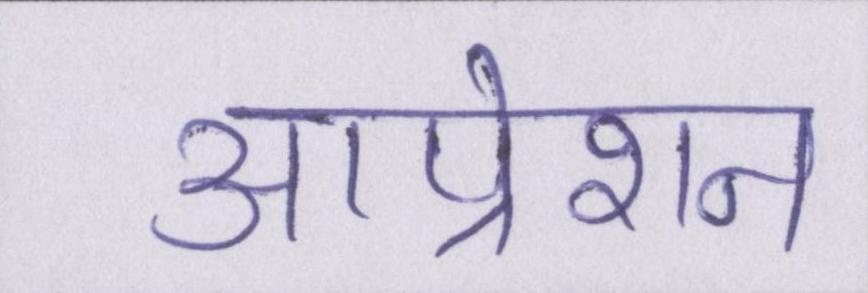
आप्रेशन